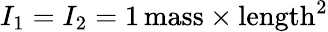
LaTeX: I_{1}=I_{2}=1\, \mathrm{mass}\times\mathrm{length}^{2}